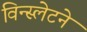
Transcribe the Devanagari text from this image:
विन्स्लेटने